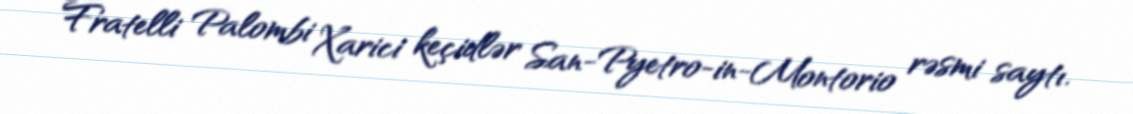
Fratelli Palombi Xarici keçidlər San-Pyetro-in-Montorio rəsmi saytı.